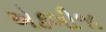
એકબીજા